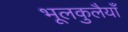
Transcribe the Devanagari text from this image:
भूलकुलैयाँ